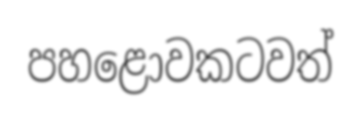
පහළොවකටවත්